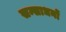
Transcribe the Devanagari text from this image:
सन्साधनों